Plague in India, 1896, 1897 - Volume 3
Year: 1896
Disease focus: Plague
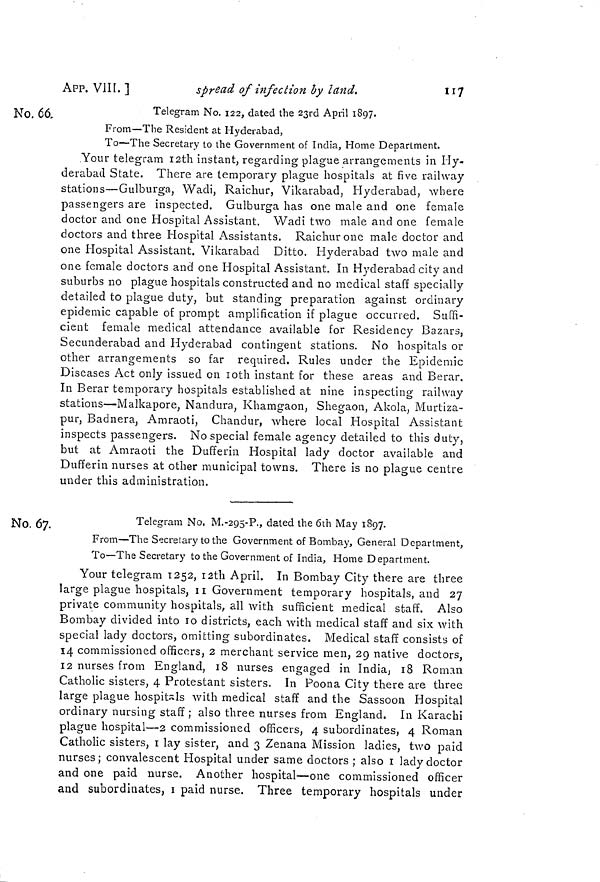
APP. VIII. ]
spread of infection by land.
117
No. 66,
Telegram No. 122, dated the 23rd April 1897.
From—The Resident at Hyderabad,
To—The Secretary to the Government of India, Home Department.
.Your telegram I2th instant, regarding plague arrangements in Hy-
derabad State. There are temporary plague hospitals at five railway
stations—Gulburga, Wadi, Raichur, Vikarabad, Hyderabad, where
passengers are inspected. Gulburga has one male and one female
doctor and one Hospital Assistant. Wadi two male and one female
doctors and three Hospital Assistants. Raichur one male doctor and
one Hospital Assistant. Vikarabad Ditto. Hyderabad two male and
one female doctors and one Hospital Assistant. In Hyderabad city and
suburbs no plague hospitals constructed and no medical staff specially
detailed to plague duty, but standing preparation against ordinary
epidemic capable of prompt amplification if plague occurred. Suffi-
cient female medical attendance available for Residency Bazars,
Secunderabad and Hyderabad contingent stations. No hospitals or
other arrangements so far required. Rules under the Epidemic
Diseases Act only issued on loth instant for these areas and Berar.
In B erar temporary hospitals established at nine inspecting railway
stations—Malkapore, Nandura, Khamgaon, Shegaon, Akola, Murtiza-
pur, Badnera, Amraoti, Chandur, where local Hospital Assistant
inspects passengers. No special female agency detailed to this duty,
but at Amraoti the Dufferin Hospital lady doctor available and
Dufferin nurses at other municipal towns. There is no plague centre
under this administration.
No. 67.
Telegram No. M.-2Q5-P., dated the 6th May 1897.
From—The Secretary to the Government of Bombay, General Department,
To—The Secretary to the Government of India, Home Department.
Your telegram 1252, i2th April. In Bombay City there are three
large plague hospitals, n Government temporary hospitals, and 27
private community hospitals, all with sufficient medical staff. Also
Bombay divided into 10 districts, each with medical staff and six with
special lady doctors, omitting subordinates. Medical staff consists of
14 commissioned officers, 2 merchant service men, 29 native doctors,
12 nurses from England, 18 nurses engaged in India ; 18 Roman
Catholic sisters, 4 Protestant sisters. In Poona City there are three
large plague hospitals with medical staff and the Sassoon Hospital
ordinary nursing staff ; also three nurses from England. In Karachi
plague hospital—2 commissioned officers, 4 subordinates, 4 Roman
Catholic sisters, i lay sister, and 3 Zenana Mission ladies, two paid
nurses; convalescent Hospital under same doctors ; also i lady doctor
and one paid nurse. Another hospital—one commissioned officer
and subordinates, i paid nurse. Three temporary hospitals under